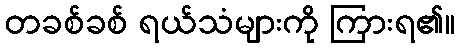
တခစ်ခစ် ရယ်သံများကို ကြားရ၏။